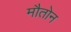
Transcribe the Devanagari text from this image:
मौतोन